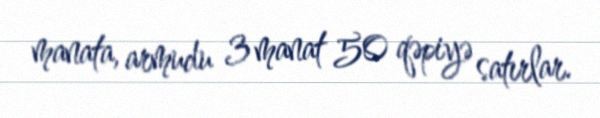
manata, armudu 3 manat 50 qəpiyə satırlar.